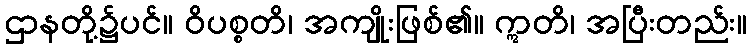
ဌာနတို့၌ပင်။ ဝိပစ္စတိ၊ အကျိုးဖြစ်၏။ ဣတိ၊ အပြီးတည်း။